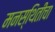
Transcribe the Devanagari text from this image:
मनस्थितीचा